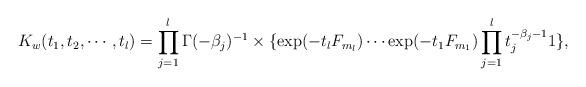
LaTeX: \begin{align*}K_{w}(t_{1},t_{2},\cdots,t_{l})=\prod_{j=1}^{l}\Gamma(-\beta_{j})^{-1}\times\{\exp(-t_{l}F_{m_{l}}) \cdots\exp(-t_{1}F_{m_{1}})\prod_{j=1}^{l}t_{j}^{-\beta_{j}-1}1\},\end{align*}